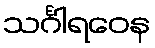
သင်္ဂါရဝေန